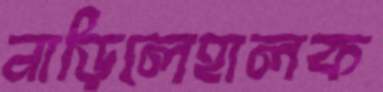
নাড়িলেহালক